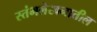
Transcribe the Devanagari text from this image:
स्तंभलेखनातील